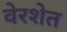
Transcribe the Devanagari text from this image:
वेरशेत